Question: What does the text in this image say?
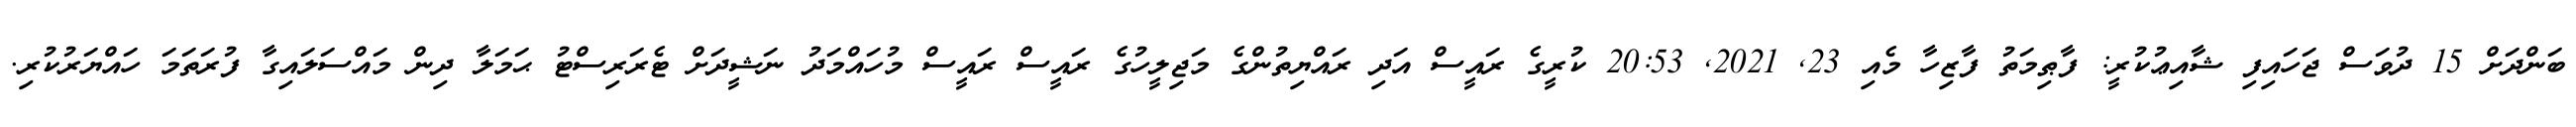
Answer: ބަންދަށް 15 ދުވަސް ޖަހައިފި ޝާއިޢުކުރީ: ފާޠިމަތު ފާޒިހާ މެއި 23, 2021, 20:53 ކުރީގެ ރައީސް އަދި ރައްޔިތުންގެ މަޖިލީހުގެ ރައީސް ރައީސް މުހައްމަދު ނަޝީދަށް ޓެރަރިސްޓު ޙަމަލާ ދިން މައްސަލައިގާ ފުރަތަމަ ހައްޔަރުކުރި.